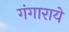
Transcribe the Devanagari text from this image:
गंगाराये